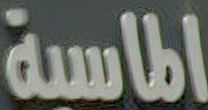
الماسية